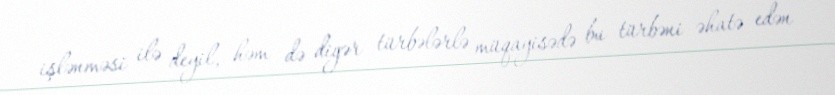
işlənməsi ilə deyil, həm də digər türbələrlə müqayisədə bu türbəni əhatə edən